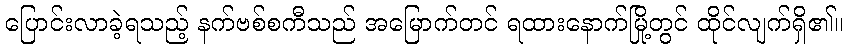
ပြောင်းလာခဲ့ရသည့် နက်ဗစ်စကီသည် အမြောက်တင် ရထားနောက်မြို့တွင် ထိုင်လျက်ရှိ၏။